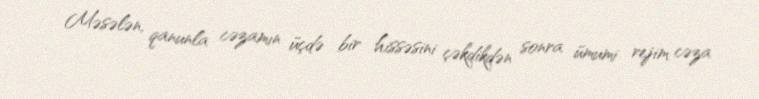
Məsələn, qanunla cəzamın üçdə bir hissəsini çəkdikdən sonra ümumi rejim cəza